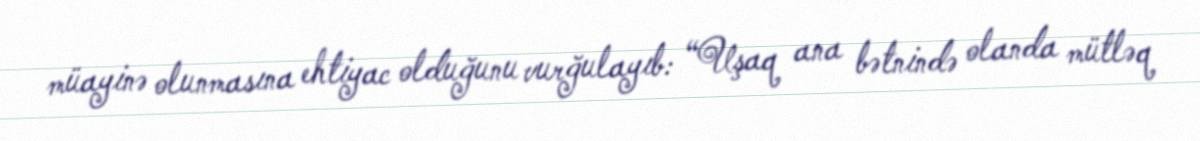
müayinə olunmasına ehtiyac olduğunu vurğulayıb: “Uşaq ana bətnində olanda mütləq